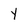
Character: Y